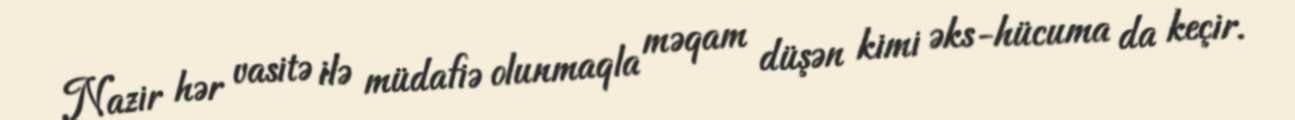
Nazir hər vasitə ilə müdafiə olunmaqla məqam düşən kimi əks-hücuma da keçir.